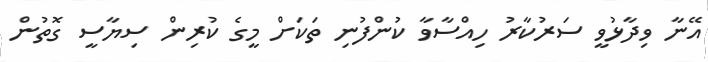
އޭނާ ވިދާޅުވީ ސަރުކާރު ހިއްސާވާ ކުންފުނި ތަކަށް މީގެ ކުރިން ސިޔާސީ ގޮތުން